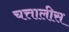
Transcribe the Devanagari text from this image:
चत्तालीस